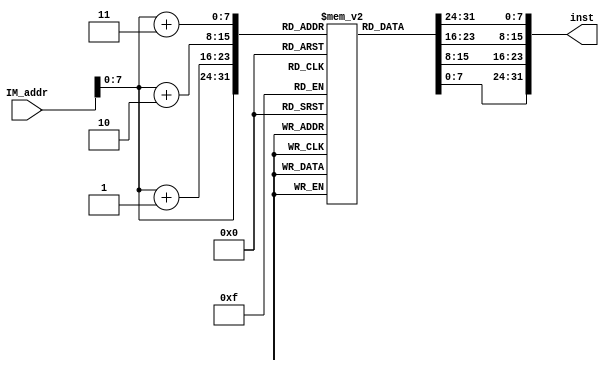
module IM(
    input [31:0] IM_addr,
    output [31:0] inst);
reg [7:0] Imemory[0:255];
reg [31:0] inst;
reg [7:0] tempaddr;
initial begin
    Imemory[0]=8'b00000000;
    Imemory[1]=8'b00000000;
    Imemory[2]=8'b00000000;
    Imemory[3]=8'b00001000;
end
always@(*)begin
    tempaddr = IM_addr[7:0];
    inst[7:0] = Imemory[tempaddr];
    inst[15:8] = Imemory[tempaddr+1];
    inst[23:16] = Imemory[tempaddr+2];
    inst[31:24] = Imemory[tempaddr+3];
end
endmodule